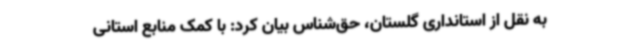
به نقل از استانداری گلستان، حق‌شناس بیان کرد: با کمک منابع استانی